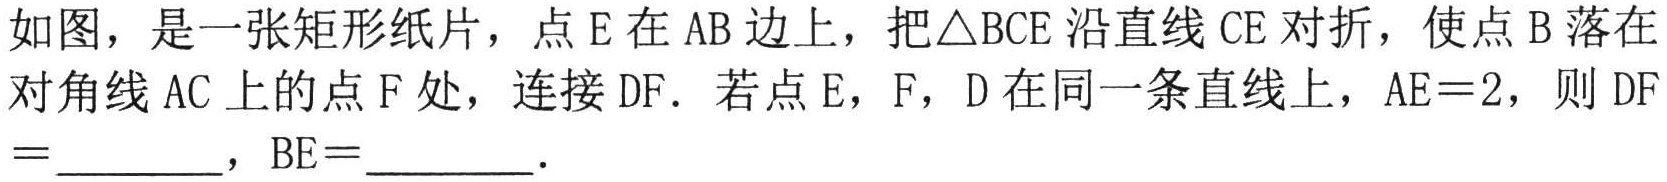
如图，是一张矩形纸片，点\(E\)在\(AB\)边上，把\(\triangle BCE\)沿直线\(CE\)对折，使点\(B\)落在对角线\(AC\)上的点\(F\)处，连接\(DF\)．若点\(E\)，\(F\)，\(D\)在同一条直线上，\(AE = 2\)，则\(DF=\)________，\(BE=\)________．